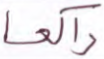
راكعا